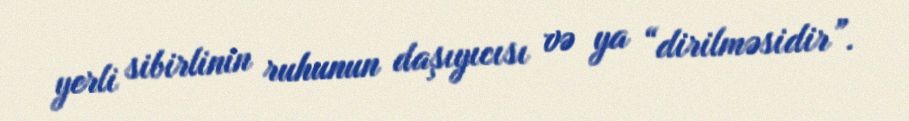
yerli sibirlinin ruhunun daşıyıcısı və ya “dirilməsidir”.